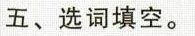
五、选词填空.。